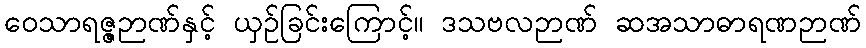
ဝေသာရဇ္ဇဉာဏ်နှင့် ယှဉ်ခြင်းကြောင့်။ ဒသဗလဉာဏ် ဆအသာဓာရဏဉာဏ်